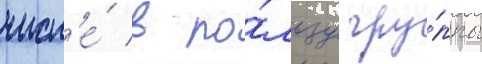
числ'е́ в по́льзу гру́ппы